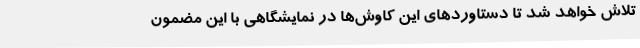
تلاش خواهد شد تا دستاوردهای این کاوش‌ها در نمایشگاهی با این مضمون